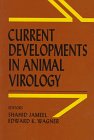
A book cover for Current Developments in Animal Virology: Papers Presented at the First Icgeb-Uci Virology Symposium New Delhi, February 1995; Medical Books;